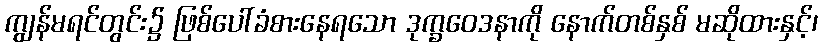
ကျွန်မရင်တွင်း၌ ဖြစ်ပေါ်ခံစားနေရသော ဒုက္ခဝေဒနာကို နောက်တစ်နှစ် မဆိုထားနှင့်၊